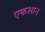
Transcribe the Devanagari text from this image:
एकशान